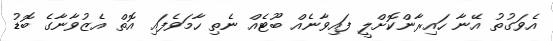
އެވަގުތު އޭނާ ހައިރާންކޮށްލީ ފައިވާނެއް ބޫޓެއް ނެތި ހާމަވެފައި އޮތް އެޒުވާނާގެ ބޮޑު